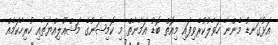
އަޅުގަނޑު މެންނާ ހަވާލުކުރެވިފައި މިއޮތް ބޮޑު އަމާނާތް މި ކޮމިޝަނުގެ މަޝްއޫލިއްޔަތާއި ހުރިހާކަމެއް